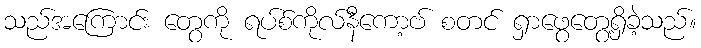
သည်အကြောင်း တွေကို ရပ်စ်ကိုလ်နီကော့ဗ် စတင် ရှာဖွေတွေ့ရှိခဲ့သည်။